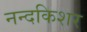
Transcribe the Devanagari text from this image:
नन्दकिशर